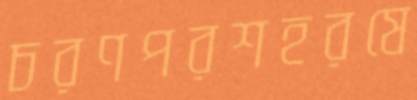
চরণপরশহরষে